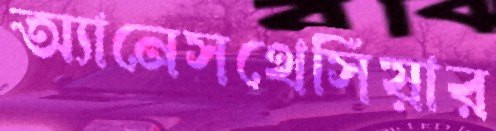
অ্যানেসথেসিয়ার